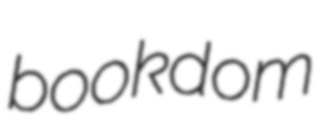
bookdom